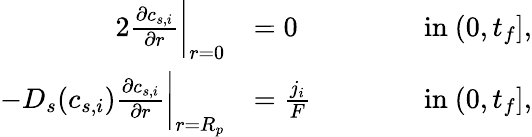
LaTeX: \begin{array}{rlrl}{{2}\frac{\partial c_{s,i}}{\partial r}\bigg|_{r=0}}&{=0}&{\qquad}&{\textrm{in}\ (0,t_{f}],}\\ {-D_{s}(c_{s,i})\frac{\partial c_{s,i}}{\partial r}\bigg|_{r=R_{p}}}&{=\frac{j_{i}}{F}}&&{\textrm{in}\ (0,t_{f}],}\end{array}